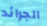
الجرائد